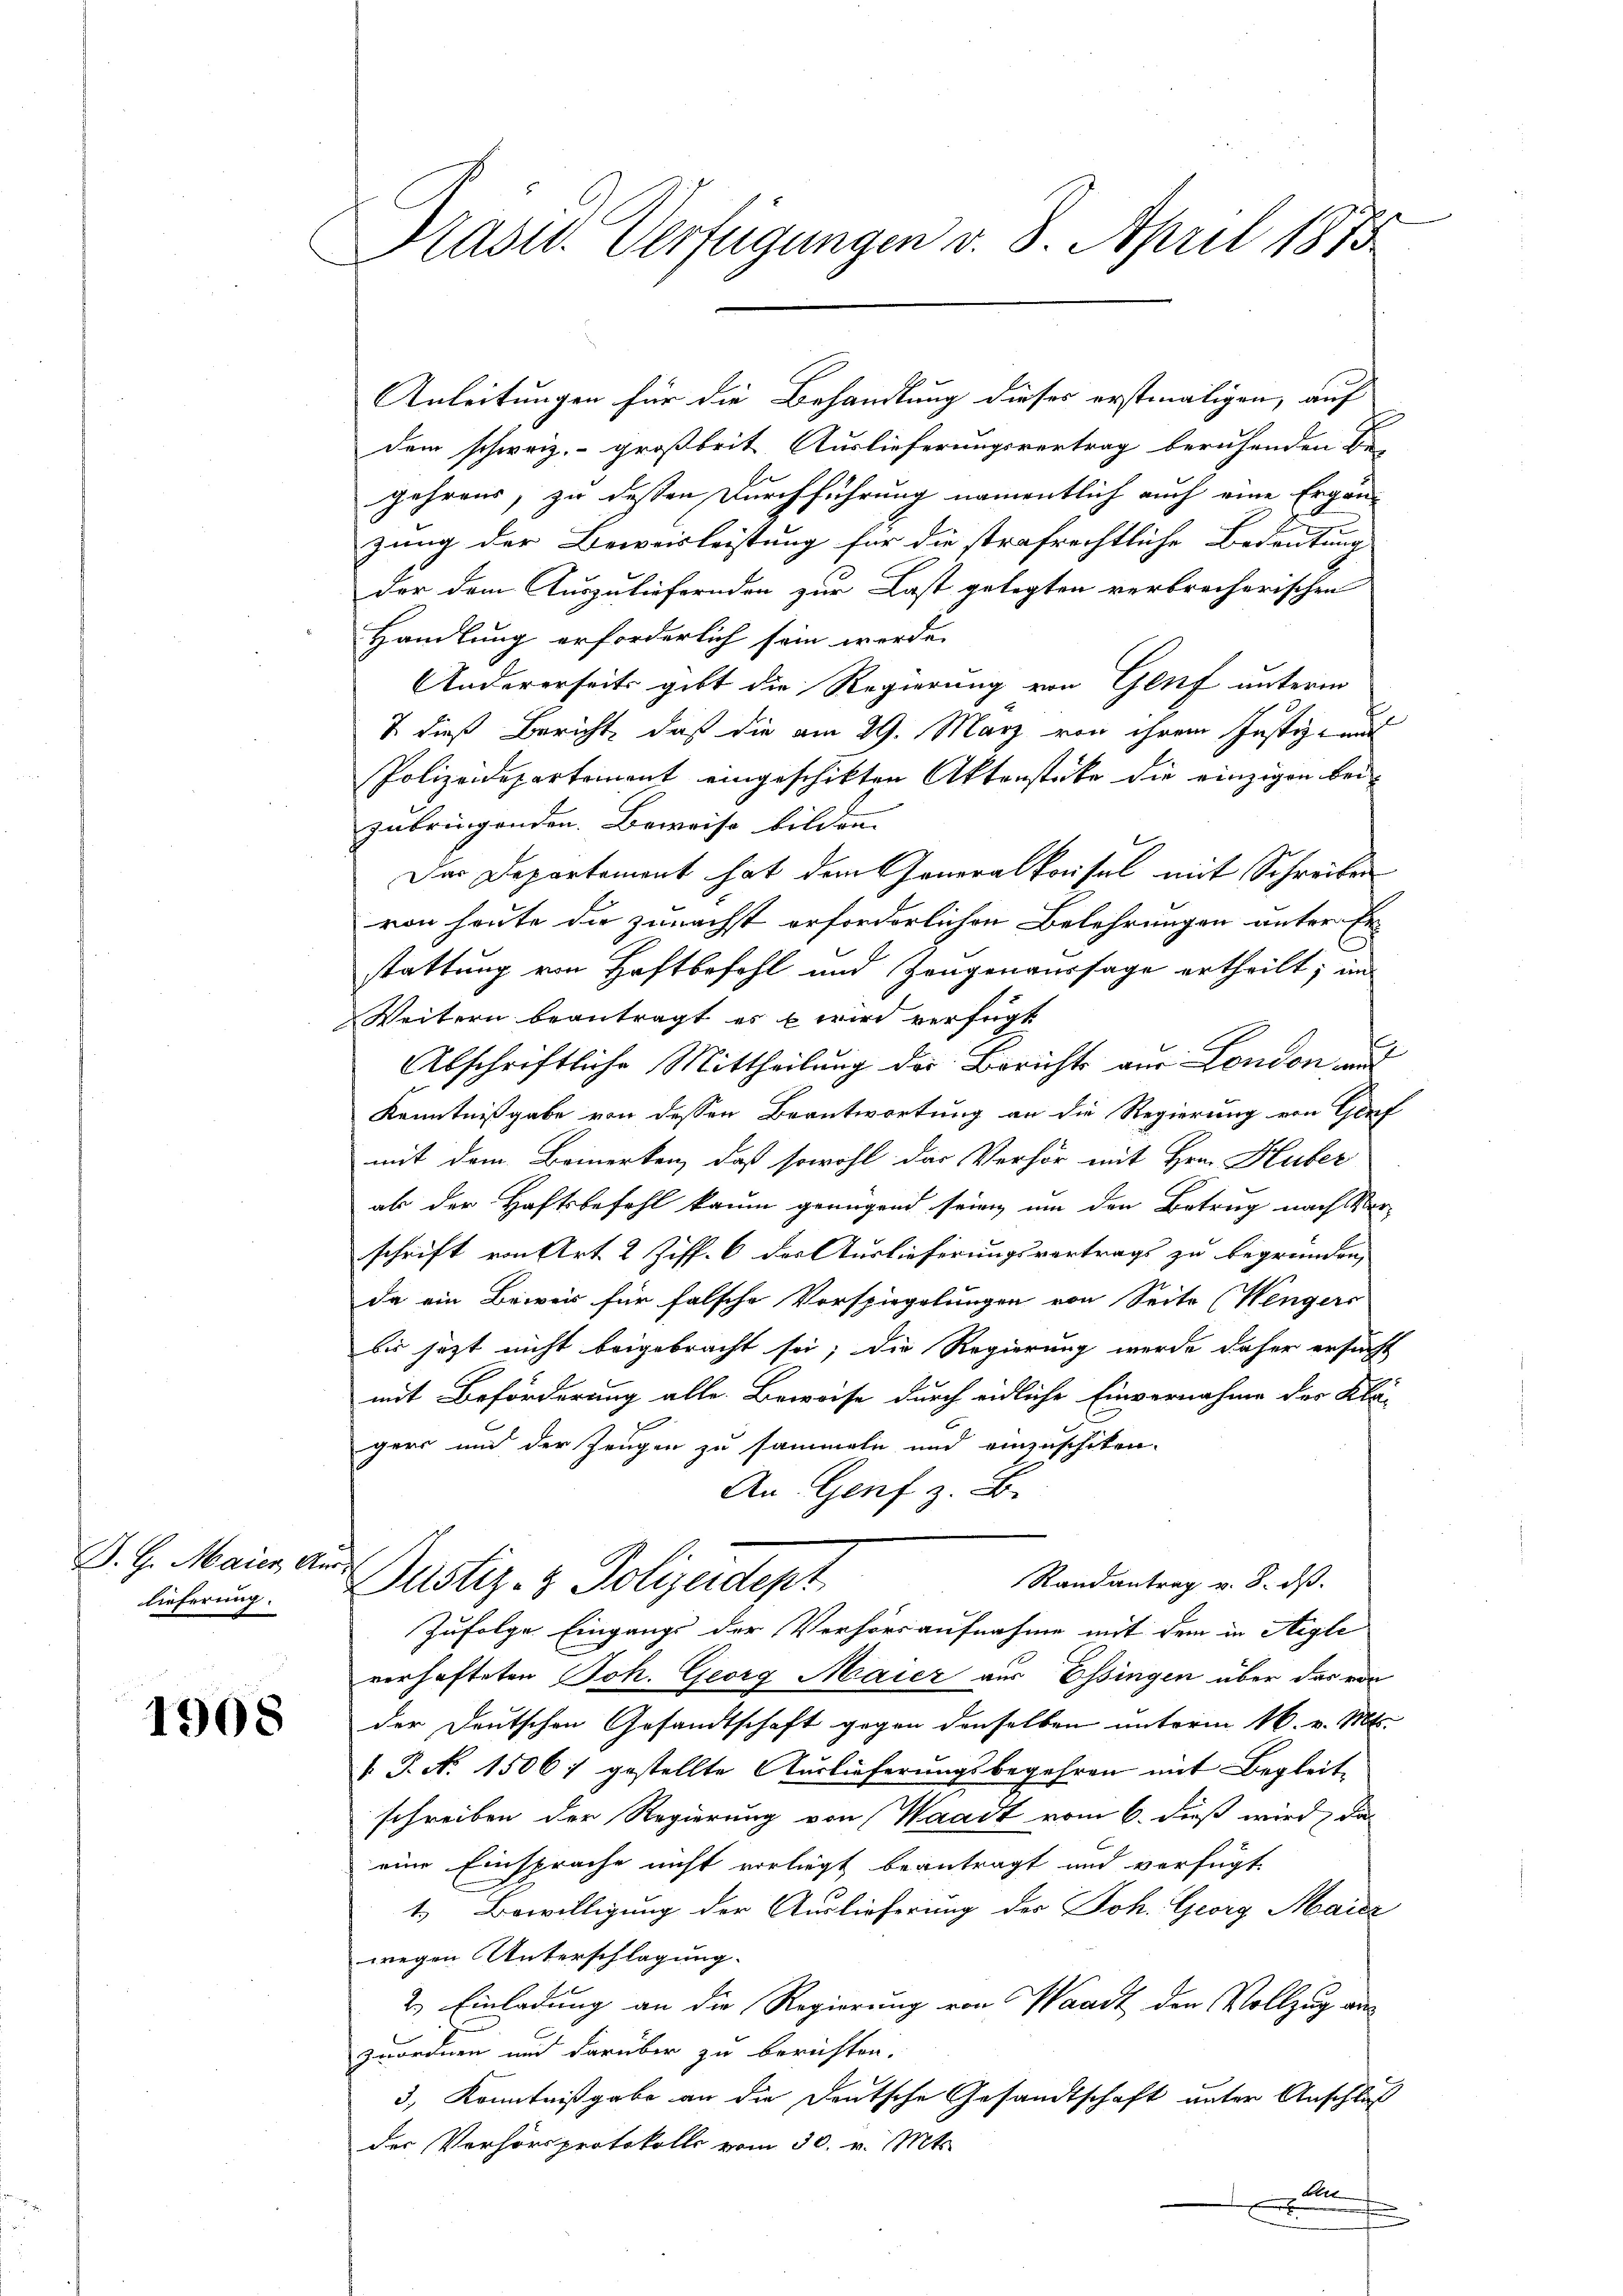
J. G. Maier Auslieferung.

1908

Präsid. Verfügungen v. 8. April 1873

Anleitungen für die Behandlung dieses erstmaligen, auf
dem schweiz.- großbrit Auslieferungsvertrag beruhenden Be-
gehrens, zu dessen Durchführung namentlich auch eine Ergän-
zung der Beweisleistung für die strafrechtliche Bedeutung
der dem Auszuliefernden zur Last gelegten verbrecherischen
Handlung erforderlich sein werde.
Andererseits gibt die Regierung von Genf unterm
& dieß Bericht, daß die am 29. März von ihrem Justiz- und
Polizeidepartement eingeschikten Aktenstüke die einzigen beizubringenden. Beweise bilden. |
Der Departement hat dem Generalkonsul mit Schreiben
von heute die zunächst erforderlichen Belehrungen unter Er-
stattung von Haftbefohl und Zeugenaussage ertheilt; im
Weitern beantragt es wird verfügt
bschriftliche Mittheilung der Bericht aus London, auf
Kenntnißgabe von dessen Beantwortung an die Regierung von Genf
mit dem Bemerken, daß sowohl das Verhör mit Hrn. Huber
als der Haftsbefehl kaum genügend sein, um den Betrug nach Vor-
schrift von Art. 2 Ziff. 6 der Auslieferungsvertrags zu begründen,
da ein Beweis für falsche Vorspiegelungen von Seite (Wengers
bis jezt nicht beigebracht sei; die Regierung werde daher ersucht
mit Beförderung alle Beweise durch eidliche Einvernahme der Kla-
gers und der Zeugen zu sammeln und einzuschiken.
An. Genf z. B.
Randantrag v. 8. ds.
Justiz- & Polizeidept
Zufolge Eingangs der Verhörsaufnahme mit dem in Aigle
verhafteten Joh. Georg Maier aus Essingen über das von
der Deutschen Gesandtschaft gegen denselben unterm 16. v. Mts.
1 J. No 1506 7 gestellte Auslieferungsbegehren mit Begleite
schreiben der Regierung von Waadt vom 6. dieß wird, da
eine Einsprache nicht vorliegt beantragt und verfügt
t. Bewilligung der Auslieferung des Joh. Georg Maier
wegen Unterschlagung.
2.) Einladung an die Regierung von Waadt den Vollzug aus
zuordnen und darüber zu berichten.
3. Kenntnißgabe an die Deutsche Gesandtschaft unter Anschluß
der Verhörsprotokolls vom 30. v. Mts.
t